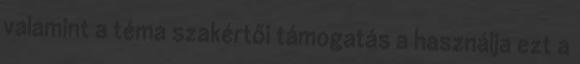
valamint a téma szakértői támogatás a használja ezt a